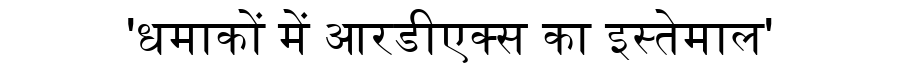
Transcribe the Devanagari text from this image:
'धमाकों में आरडीएक्स का इस्तेमाल'